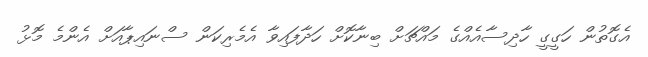
އެގޮތުން ހަގީގީ ހާދިސާއެއްގެ މައްޗަށް ބިނާކޮށް ހަދާފައިވާ އެމެރިކަން ސްނައިޕާއަށް އެންމެ މޮޅު